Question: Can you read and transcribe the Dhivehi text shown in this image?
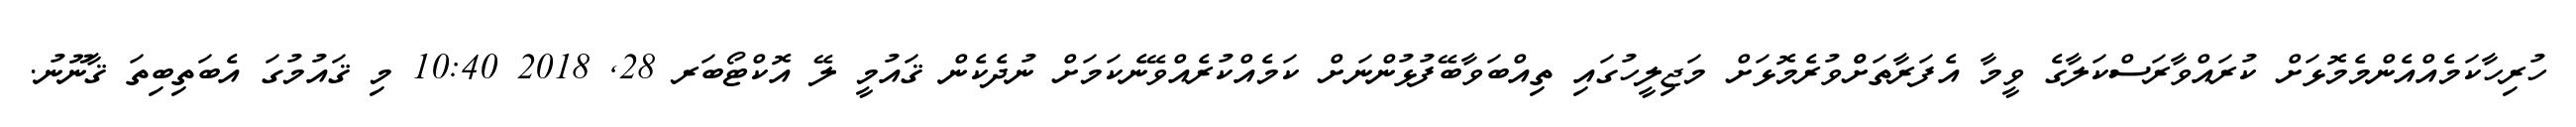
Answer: ހުރިހާކަމެއްއެންމެމޮޅަށް ކުރައްވާރަސްކަލާގެ ވީމާ އެފަރާތަށްްވުރެމޮޅަށް މަޖިލީހުގައި ތިއްބަވާބޭފުޅުންނަށް ކަމެއްކުރެއްވޭނެކަމަށް ނުދެކެން ޤައުމީ ލޭ އޮކްޓޯބަރ 28, 2018 10:40 މި ޤައުމުގަ އެބަތިބިތަ ޤާނޫނު.